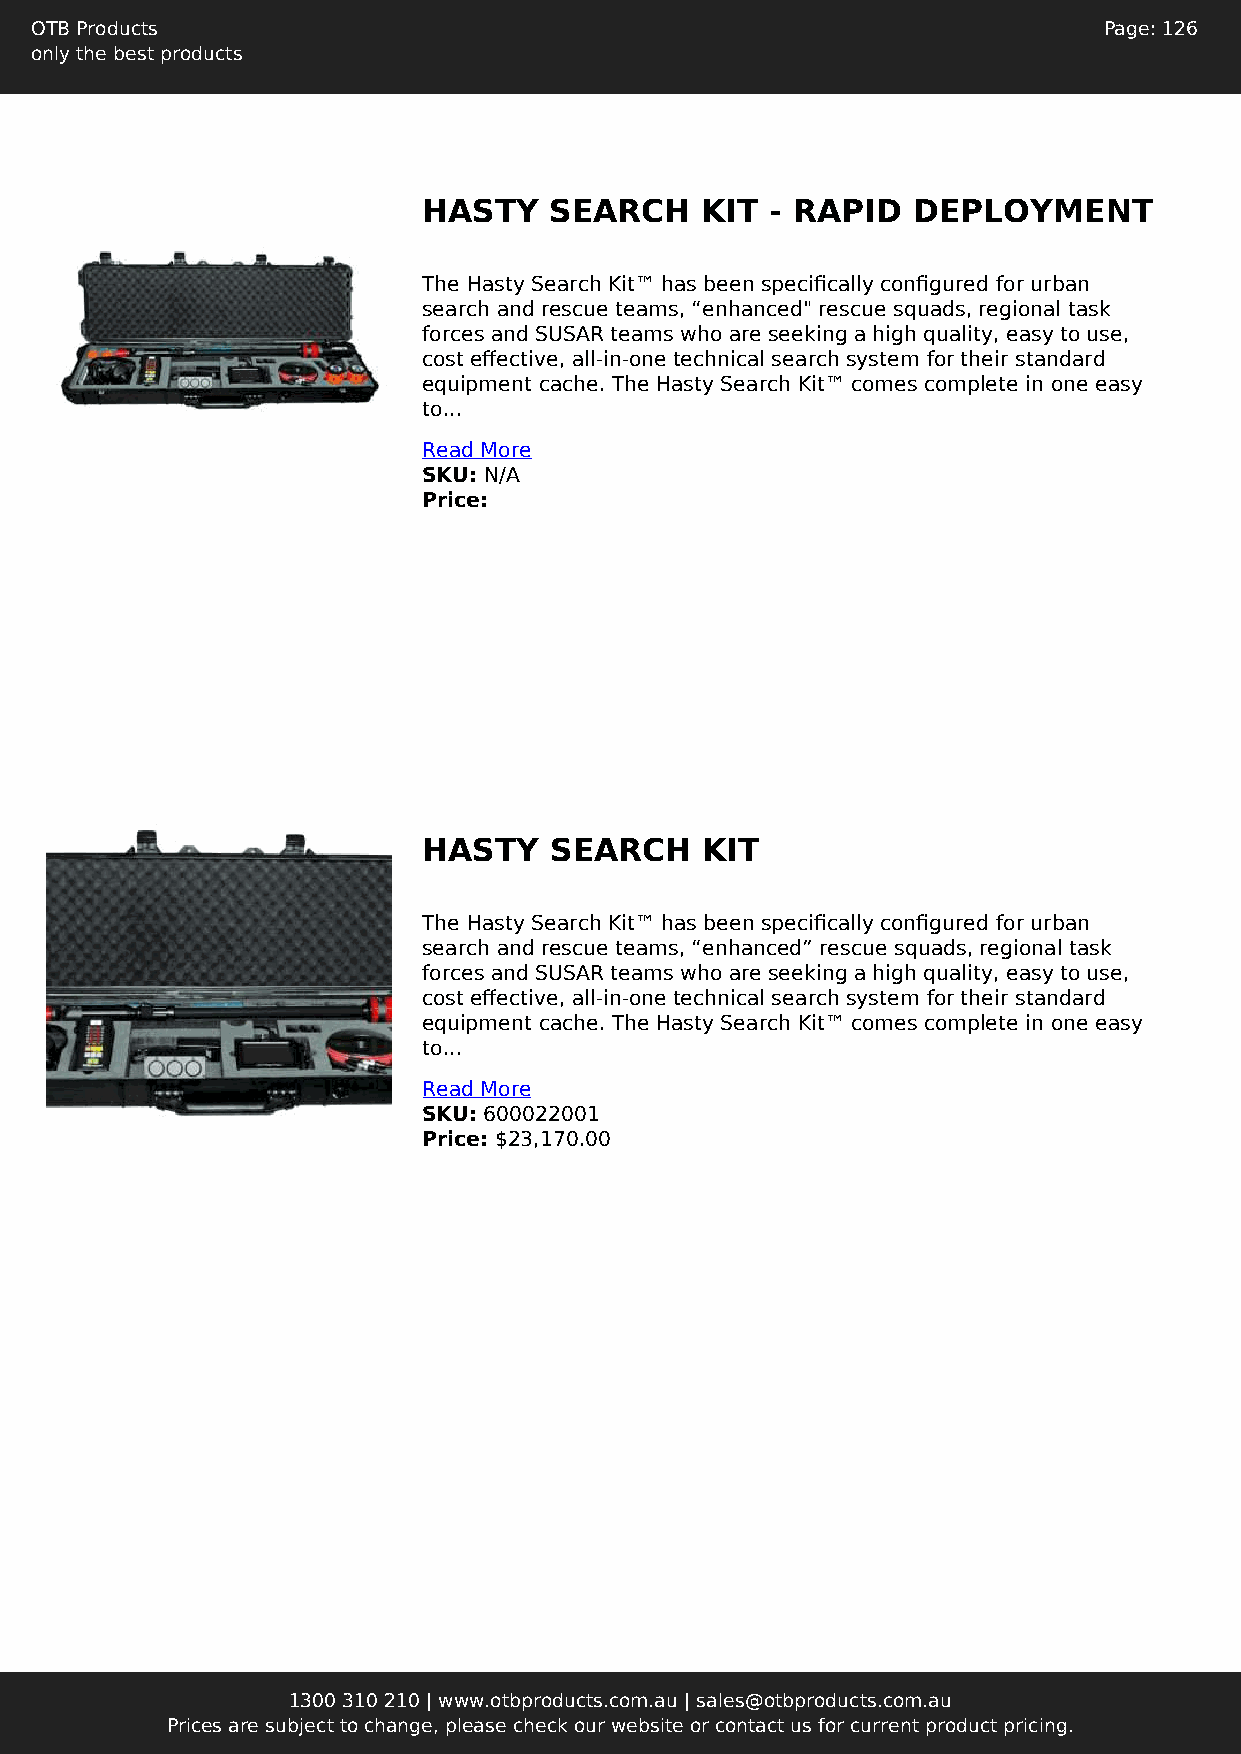
OTB Products                                                           Page: 126
 only the best products
 HASTY   SEARCH    KIT  - RAPID  DEPLOYMENT
 The Hasty Search Kit™ has been specifically configured for urban
 search and rescue teams, “enhanced" rescue squads, regional task
 forces and SUSAR teams who are seeking a high quality, easy to use,
 cost effective, all-in-one technical search system for their standard
 equipment cache. The Hasty Search Kit™ comes complete in one easy
 to...
 Read More
 SKU: N/A
 Price:
 HASTY   SEARCH    KIT
 The Hasty Search Kit™ has been specifically configured for urban
 search and rescue teams, “enhanced” rescue squads, regional task
 forces and SUSAR teams who are seeking a high quality, easy to use,
 cost effective, all-in-one technical search system for their standard
 equipment cache. The Hasty Search Kit™ comes complete in one easy
 to...
 Read More
 SKU: 600022001
 Price: $23,170.00
 1300 310 210 | www.otbproducts.com.au | sales@otbproducts.com.au
 Prices are subject to change, please check our website or contact us for current product pricing.